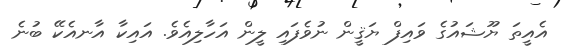
އެއީތަ ޔޫޝައުގެ ވައިފް ޔަޤީން ނުވެފައި ލީން އަހާލިއެވެ. އައިކާ އާނއެކޭ ބުނެ